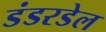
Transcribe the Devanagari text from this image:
डंडरडेल